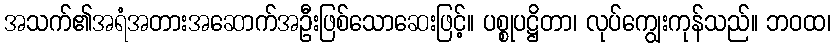
အသက်၏အရံအတားအဆောက်အဦးဖြစ်သောဆေးဖြင့်။ ပစ္စုပဋ္ဌိတာ၊ လုပ်ကျွေးကုန်သည်။ ဘဝထ၊